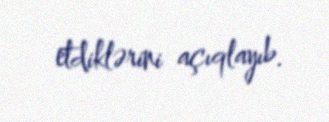
etdiklərini açıqlayıb.